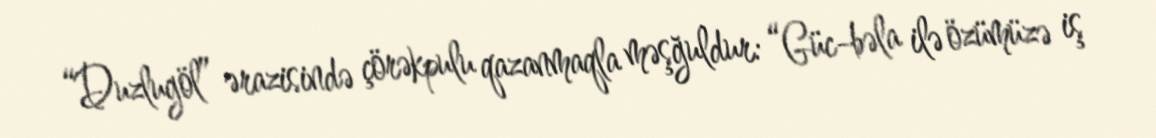
“Duzlugöl” ərazisində çörəkpulu qazanmaqla məşğuldur: “Güc-bəla ilə özümüzə iş